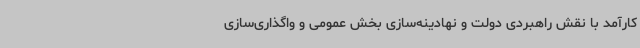
کارآمد با نقش راهبردی دولت و نهادینه‌سازی بخش عمومی و واگذاری‌سازی